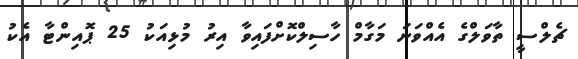
ޗެލްސީ ތާވަލްގެ އެއްވަނަ މަގާމް ހާސިލްކޮށްފައިވާ އިރު މުޅިއަކު 25 ޕޮއިންޓާ އެކު